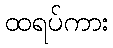
ထရပ်ကား